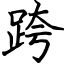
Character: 跨